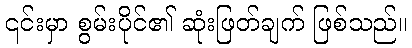
၎င်းမှာ စွမ်းပိုင်၏ ဆုံးဖြတ်ချက် ဖြစ်သည်။